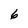
Character: 6